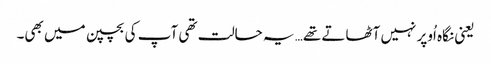
یعنی نگاہ اُوپر نہیں آٹھاتے تھے… یہ حالت تھی آپ کی بچپن میں بھی۔